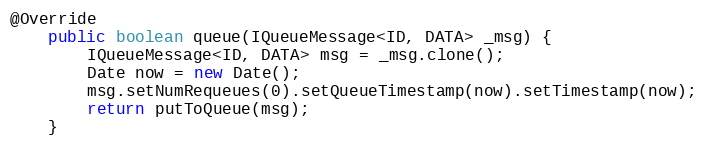
Language: Java
@Override
    public boolean queue(IQueueMessage<ID, DATA> _msg) {
        IQueueMessage<ID, DATA> msg = _msg.clone();
        Date now = new Date();
        msg.setNumRequeues(0).setQueueTimestamp(now).setTimestamp(now);
        return putToQueue(msg);
    }